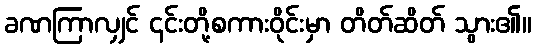
ခဏကြာလျှင် ၎င်းတို့စကားဝိုင်းမှာ တိတ်ဆိတ် သွား၏။